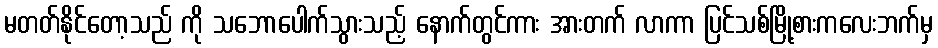
မတတ်နိုင်တော့သည် ကို သဘောပေါက်သွားသည့် နောက်တွင်ကား အားတက် လာကာ ပြင်သစ်မြို့စားကလေးဘက်မှ